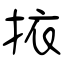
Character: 挔